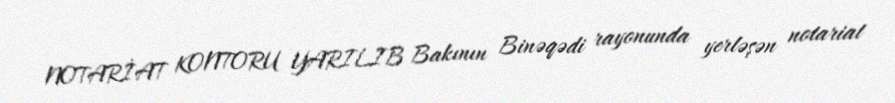
NOTARİAT KONTORU YARILIB Bakının Binəqədi rayonunda yerləşən notariat